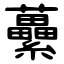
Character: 虆